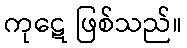
ကုဋေ ဖြစ်သည်။